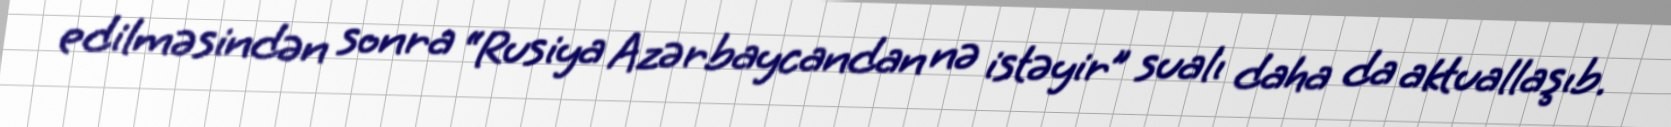
edilməsindən sonra “Rusiya Azərbaycandan nə istəyir” sualı daha da aktuallaşıb.